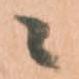
ニ